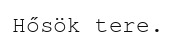
Hősök tere.